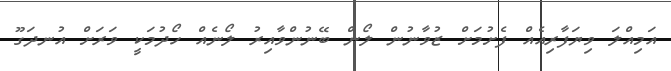
އަމިއްލަ ވިޔަފާރިއެއް ފެށުމަށް ޒުވާނުން ލޯން ބޭނުންވާއިރު ލޯނެއް ހޯދުމަކީ ވަރަށް އުނދަގޫ